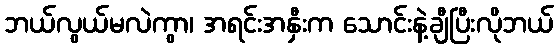
ဘယ်လွယ်မလဲကွာ၊ အရင်းအနှီးက သောင်းနဲ့ချီပြီးလိုဘယ်